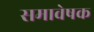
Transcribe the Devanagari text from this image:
समावेषक